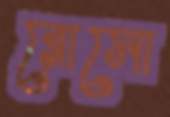
রোসো